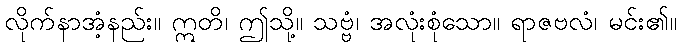
လိုက်နာအံ့နည်း။ ဣတိ၊ ဤသို့။ သဗ္ဗံ၊ အလုံးစုံသော။ ရာဇဗလံ၊ မင်း၏။